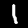
Label: 1